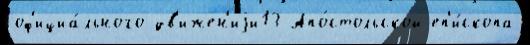
оф'ициа́льного дв'ижен'иjи13 Апо́стольской еп'и́скопа